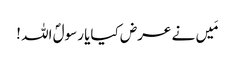
مَیں نے عرض کیایا رسولؐ اللہ !